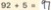
9 2 + 5 = 9 7